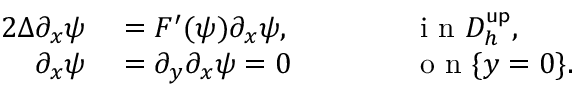
\begin{array} { r l r l } { { 2 } \Delta \partial _ { x } \psi } & { { } = F ^ { \prime } ( \psi ) \partial _ { x } \psi , } & { } & { { } \qquad \mathrm { ~ i ~ n ~ } D _ { h } ^ { \mathsf { u p } } , } \\ { \partial _ { x } \psi } & { { } = \partial _ { y } \partial _ { x } \psi = 0 } & { } & { { } \qquad \mathrm { ~ o ~ n ~ } \{ y = 0 \} . } \end{array}